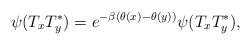
\begin{align*} \psi(T_xT_y^*) = e^{-\beta (\theta(x)-\theta(y))}\psi(T_xT_y^*),\end{align*}